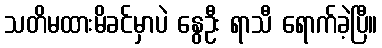
သတိမထားမိခင်မှာပဲ နွေဦး ရာသီ ရောက်ခဲ့ပြီ။